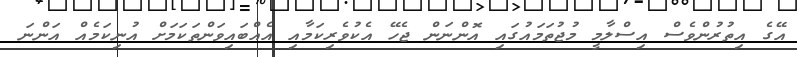
އޭގެ އިތުރުންވެސް އިސްލާމީ މުޖުތަމައުގައި އޮންނަން ޖެހޭ އެކުވެރިކަމާއި އެއްބައިވަންތަކަމަށް އުނިކަމެއް އަންނަ